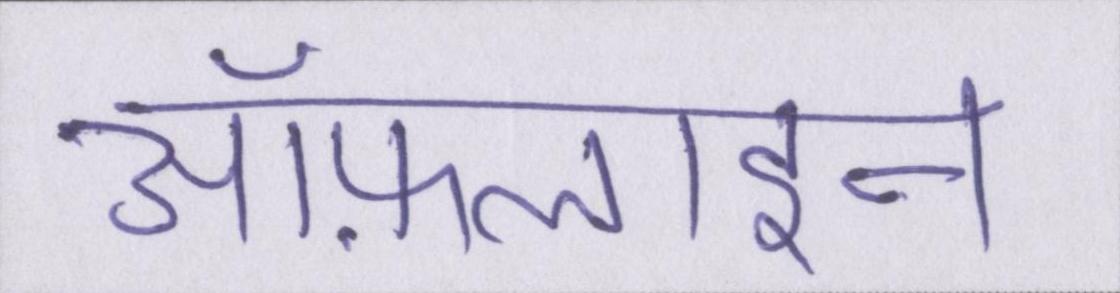
ऑफ़लाइन